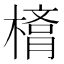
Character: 𣙛